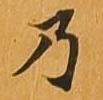
乃